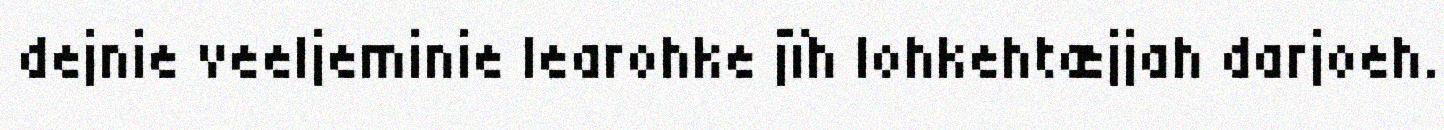
dejnie veeljeminie learohke jïh lohkehtæjjah darjoeh.